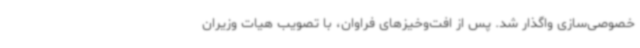
خصوصی‌سازی واگذار شد. پس از افت‌وخیزهای فراوان، با تصویب‌ هیات وزیران